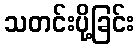
သတင်းပို့ခြင်း